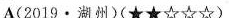
A(2019·湖州)(★★☆☆☆)